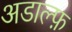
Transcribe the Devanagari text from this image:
अडाल्फ़